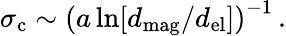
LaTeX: \sigma_{\mathrm{c}}\sim\left(a\ln[d_{\mathrm{mag}}/d_{\mathrm{el}}]\right)^{-1}\, .